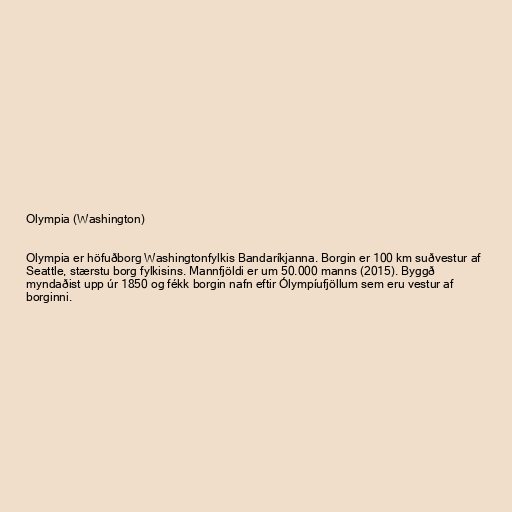
Olympia (Washington)

Olympia er höfuðborg Washingtonfylkis Bandaríkjanna. Borgin er 100 km suðvestur af
Seattle, stærstu borg fylkisins. Mannfjöldi er um 50.000 manns (2015). Byggð
myndaðist upp úr 1850 og fékk borgin nafn eftir Ólympíufjöllum sem eru vestur af
borginni.